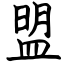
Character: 盟